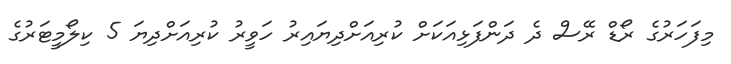
މިފަހަރުގެ ރޯޑް ރޭސް ދެ ދަންފަޅިއަކަށް ކުރިއަށްދިޔައިރު ހަވީރު ކުރިއަށްދިޔަ 5 ކިލޯމީޓަރުގެ